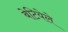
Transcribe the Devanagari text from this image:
बेटियेले